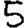
Digit: 5